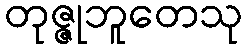
တုဇ္ဇုဘူတေသု